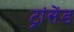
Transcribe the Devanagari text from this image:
ट्रांसेंड